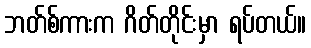
ဘတ်စ်ကားက ဂိတ်တိုင်းမှာ ရပ်တယ်။